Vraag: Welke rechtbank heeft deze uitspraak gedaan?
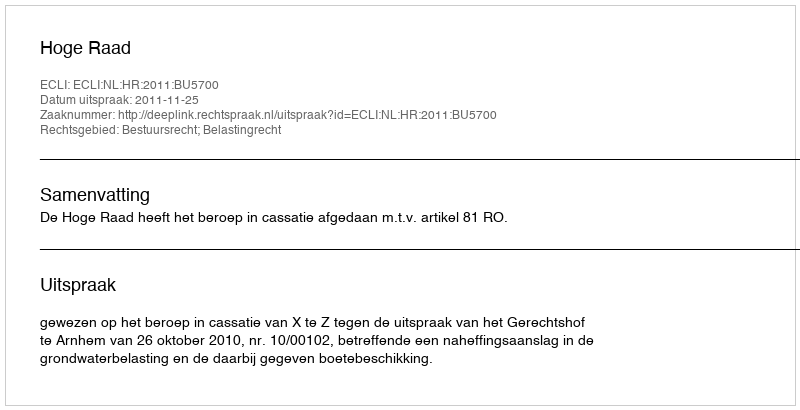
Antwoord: Hoge Raad